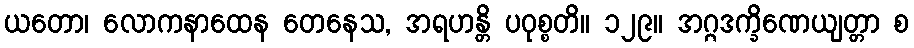
ယတော၊ လောကနာထေန တေနေသ, အရဟန္တိ ပဝုစ္စတိ။ ၁၂၉။ အဂ္ဂဒက္ခိဏေယျတ္တာ စ